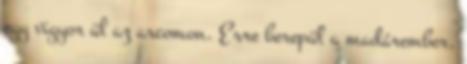
egy vigyor ül az arcomon. Erre berepül a madárember,